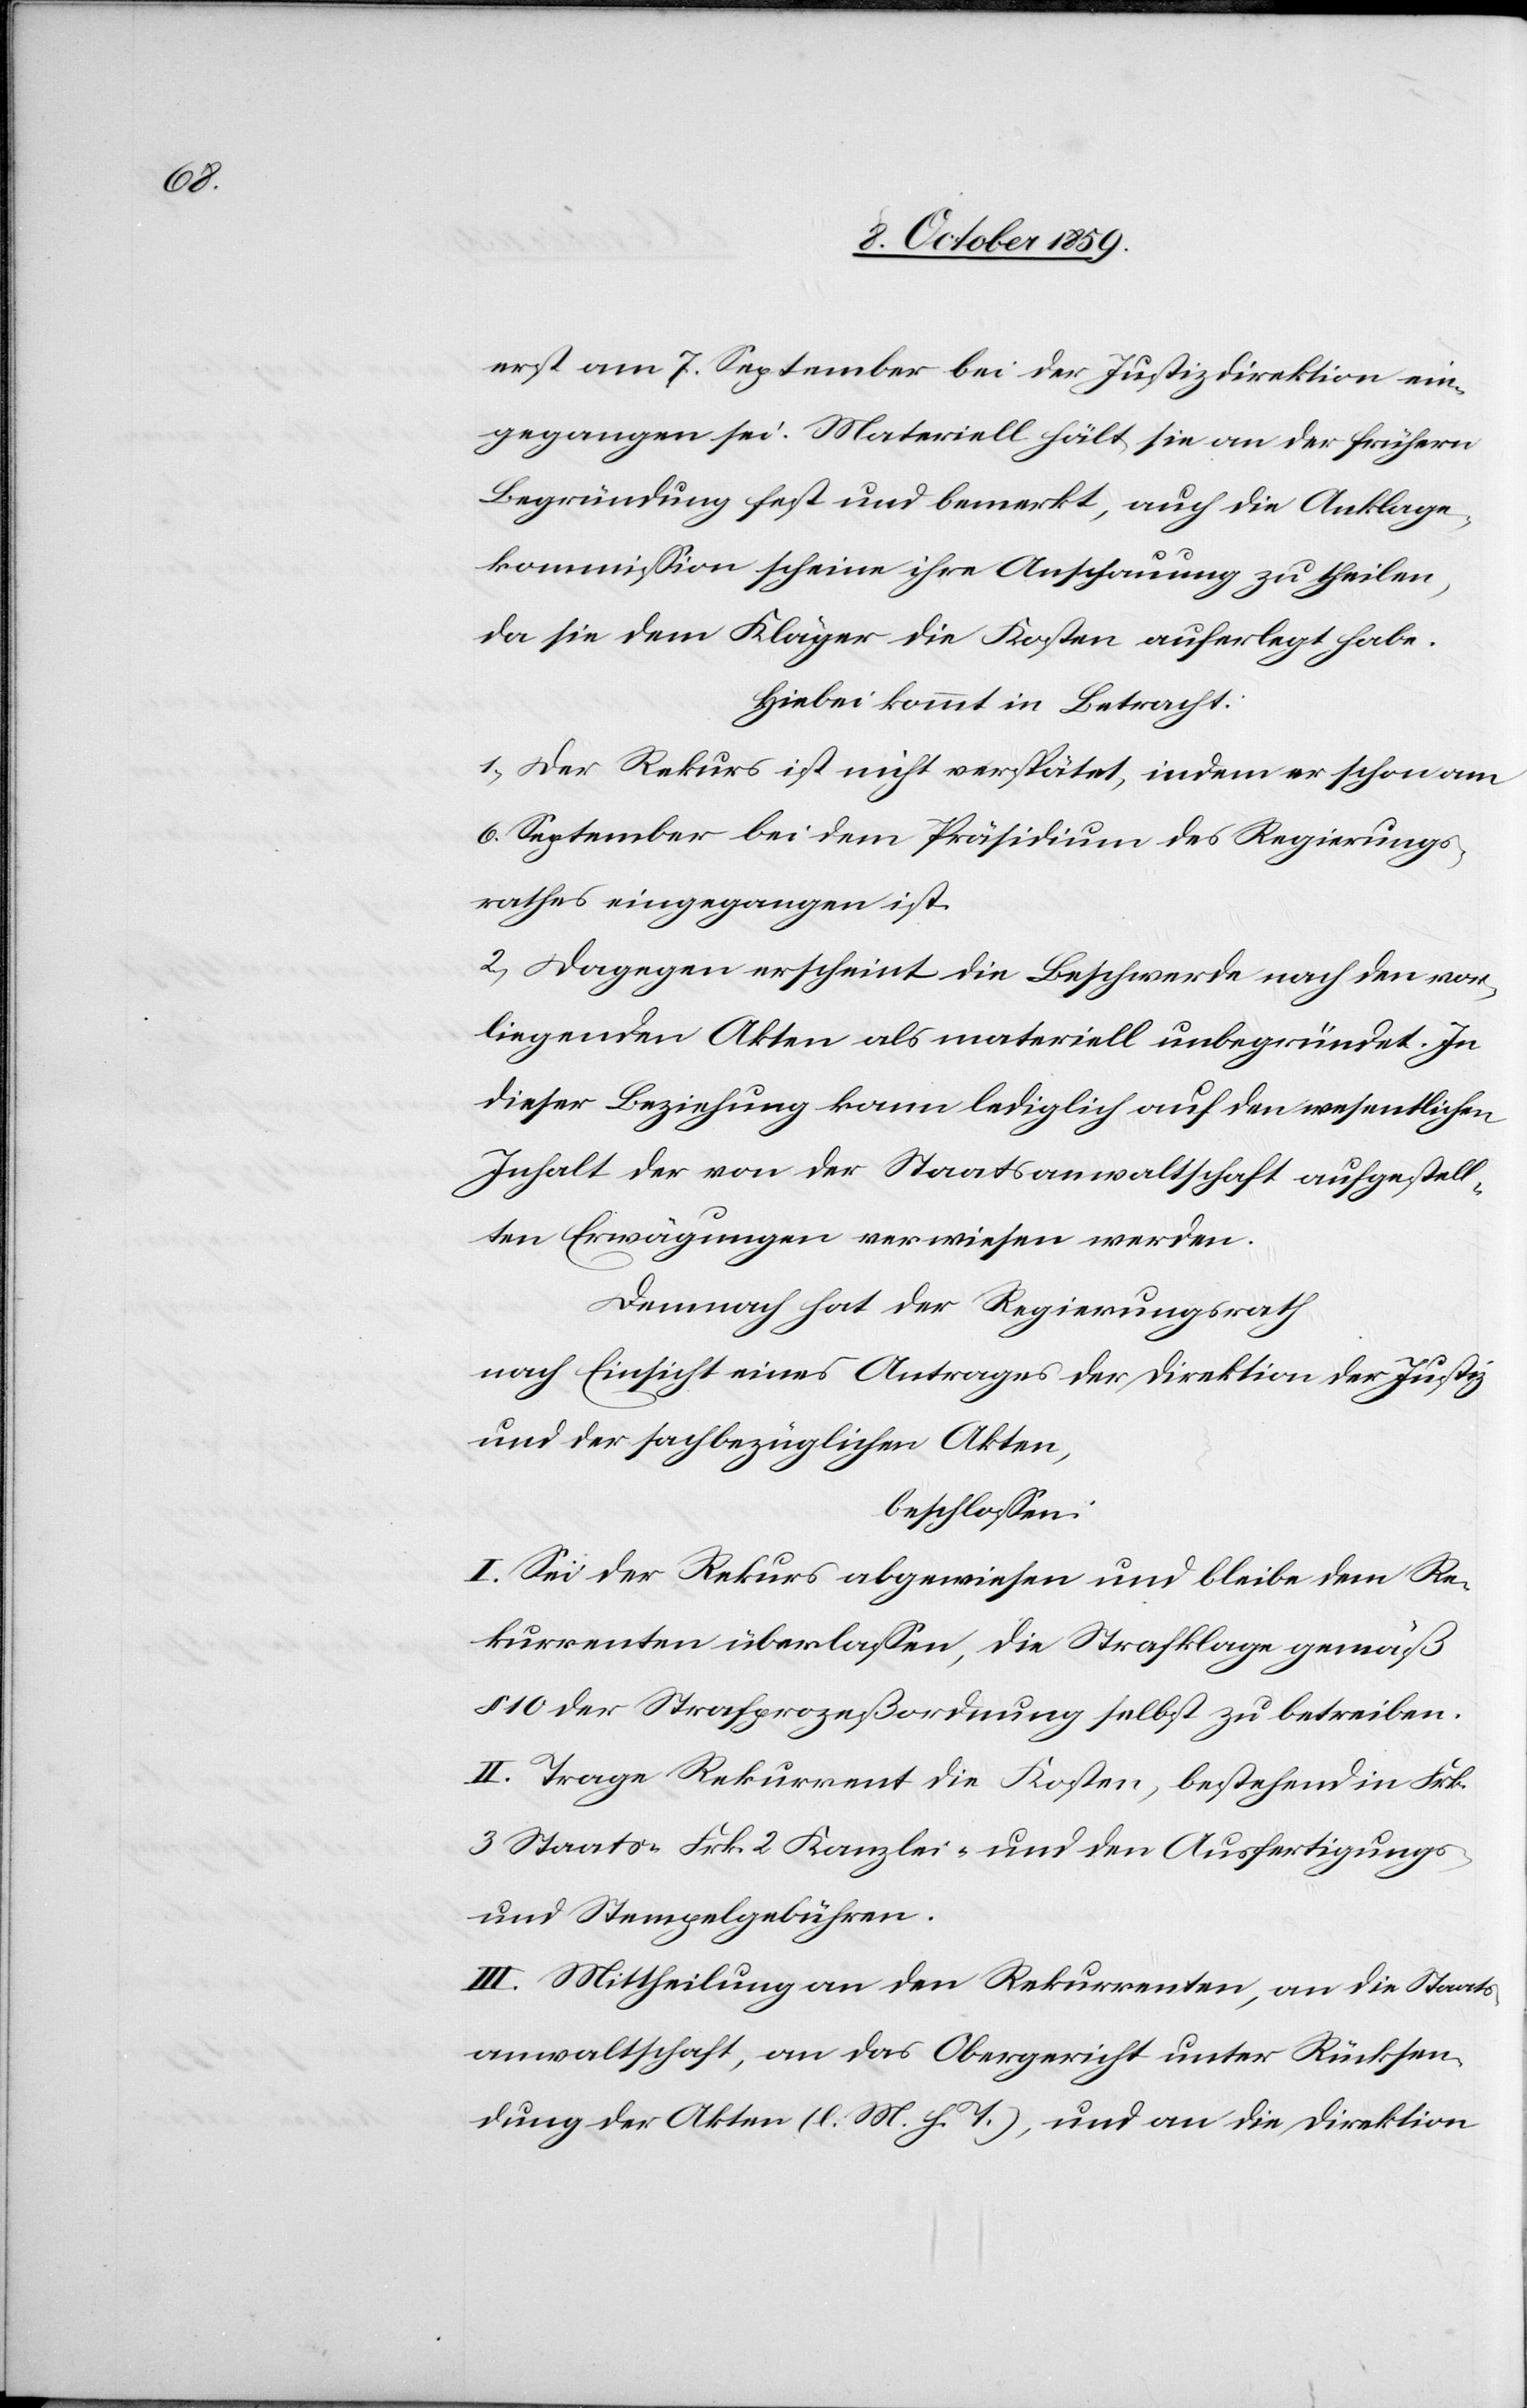
erst am 7. September bei der Justizdirektion ein¬
gegangen sei. Materiell hält sie an der frühern
Begründung fest und bemerkt, auch die Anklage¬
kommission scheine ihre Anschauung zu theilen,
da sie dem Kläger die Kosten auferlegt habe.
hiebei kommt in Betracht:
1.) Der Rekurs ist nicht verspätet, indem er schon am
6. September bei dem Präsidium des Regierungs¬
rathes eingegangen ist.
2.) Dagegen erscheint die Beschwerde nach den vor¬
liegenden Akten als materiell unbegründet. In
dieser Beziehung kann lediglich auf den wesentlichen
Inhalt der von der Staatsanwaltschaft aufgestell¬
ten Erwägungen verwiesen werden.
Darauf hat der Regierungsrath
nach Einsicht eines Antrages der Direktion der Justiz
und der fachbezüglichen Akten,
beschlossen:
I. Sei der Rekurs abgewiesen und bleibe dem Re¬
kurrenten überlassen, die Strafklage gemäß
§ 10 der Strafprozeßordnung selbst zu betreiben.
II. Trage Rekurrent die Kosten, bestehend in Frk.
3 Staats-[,] Frk. 2 Kanzlei- und den Ausfertigungs-
und Stempelgebühren.
III. Mittheilung an den Rekurrenten, an die Staats¬
anwaltschaft, an das Obergericht unter Rücksen¬
dung der Akten (l. M. h. T.), und an die Direktion